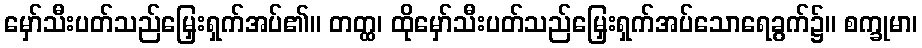
မှော်သီးပတ်သည်မြှေးရှက်အပ်၏။ တတ္ထ၊ ထိုမှော်သီးပတ်သည်မြှေးရှက်အပ်သောရေခွက်၌။ စက္ခုမာ၊